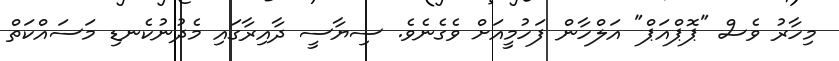
މިހާރު ވެސް "ޕޮޕްއަޕް" އަލްހާން ފަހުމީއަށް ވެގެނެވެ. ސިޔާސީ ދާއިރާގައި މެދުނުކެނޑި މަސައްކަތް